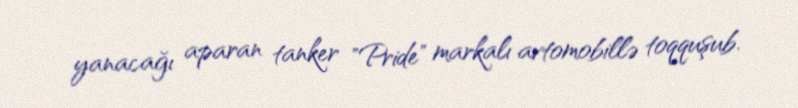
yanacağı aparan tanker "Pride" markalı avtomobillə toqquşub.